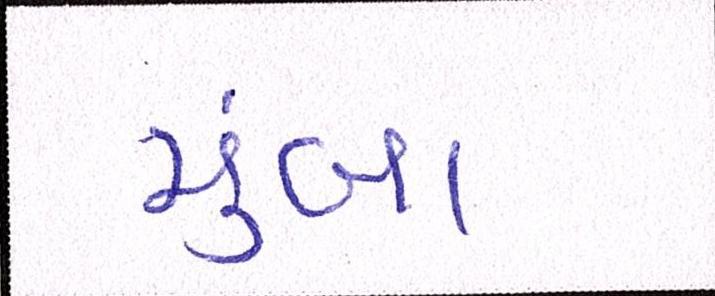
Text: મુંબા